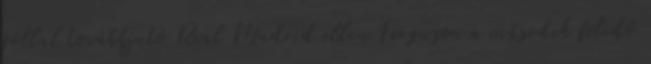
góllal továbbjutó Real Madrid ellen Ferguson a második félidő